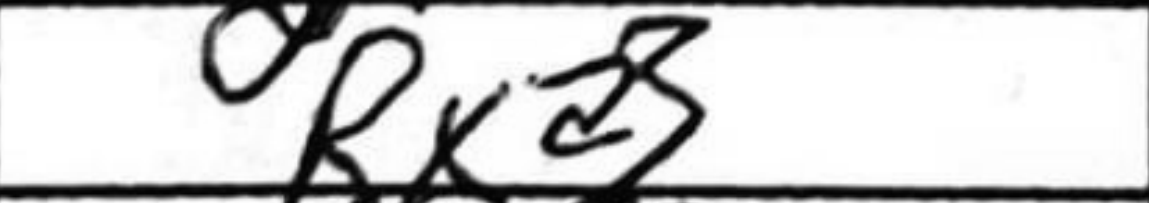
Transcription: Rxa3